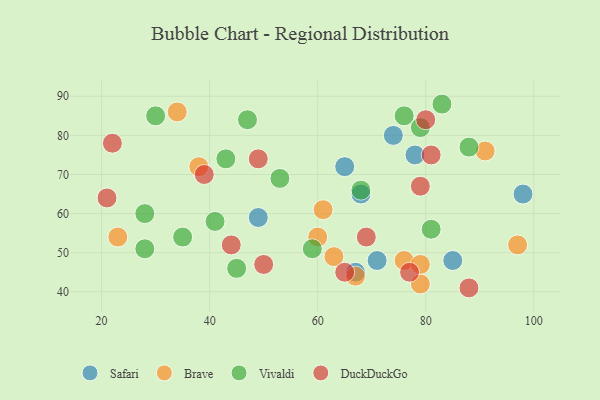
{"axis": {"x": "GDP", "y": "Life Expectancy"}, "legend": ["Brave", "DuckDuckGo", "Safari", "Vivaldi"], "data": [{"x": "74", "y": 80, "type": "Safari"}, {"x": "71", "y": 48, "type": "Safari"}, {"x": "98", "y": 65, "type": "Safari"}, {"x": "67", "y": 45, "type": "Safari"}, {"x": "85", "y": 48, "type": "Safari"}, {"x": "68", "y": 65, "type": "Safari"}, {"x": "78", "y": 75, "type": "Safari"}, {"x": "49", "y": 59, "type": "Safari"}, {"x": "65", "y": 72, "type": "Safari"}, {"x": "34", "y": 86, "type": "Brave"}, {"x": "76", "y": 48, "type": "Brave"}, {"x": "60", "y": 54, "type": "Brave"}, {"x": "23", "y": 54, "type": "Brave"}, {"x": "63", "y": 49, "type": "Brave"}, {"x": "61", "y": 61, "type": "Brave"}, {"x": "79", "y": 47, "type": "Brave"}, {"x": "38", "y": 72, "type": "Brave"}, {"x": "79", "y": 42, "type": "Brave"}, {"x": "67", "y": 44, "type": "Brave"}, {"x": "91", "y": 76, "type": "Brave"}, {"x": "97", "y": 52, "type": "Brave"}, {"x": "59", "y": 51, "type": "Vivaldi"}, {"x": "45", "y": 46, "type": "Vivaldi"}, {"x": "79", "y": 82, "type": "Vivaldi"}, {"x": "68", "y": 66, "type": "Vivaldi"}, {"x": "53", "y": 69, "type": "Vivaldi"}, {"x": "28", "y": 51, "type": "Vivaldi"}, {"x": "88", "y": 77, "type": "Vivaldi"}, {"x": "28", "y": 60, "type": "Vivaldi"}, {"x": "47", "y": 84, "type": "Vivaldi"}, {"x": "35", "y": 54, "type": "Vivaldi"}, {"x": "83", "y": 88, "type": "Vivaldi"}, {"x": "43", "y": 74, "type": "Vivaldi"}, {"x": "76", "y": 85, "type": "Vivaldi"}, {"x": "41", "y": 58, "type": "Vivaldi"}, {"x": "81", "y": 56, "type": "Vivaldi"}, {"x": "30", "y": 85, "type": "Vivaldi"}, {"x": "81", "y": 75, "type": "DuckDuckGo"}, {"x": "50", "y": 47, "type": "DuckDuckGo"}, {"x": "69", "y": 54, "type": "DuckDuckGo"}, {"x": "79", "y": 67, "type": "DuckDuckGo"}, {"x": "77", "y": 45, "type": "DuckDuckGo"}, {"x": "21", "y": 64, "type": "DuckDuckGo"}, {"x": "80", "y": 84, "type": "DuckDuckGo"}, {"x": "22", "y": 78, "type": "DuckDuckGo"}, {"x": "49", "y": 74, "type": "DuckDuckGo"}, {"x": "44", "y": 52, "type": "DuckDuckGo"}, {"x": "65", "y": 45, "type": "DuckDuckGo"}, {"x": "88", "y": 41, "type": "DuckDuckGo"}, {"x": "39", "y": 70, "type": "DuckDuckGo"}]}